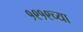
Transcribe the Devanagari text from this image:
१९१९च्या